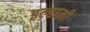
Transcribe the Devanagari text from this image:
इल्हामी